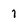
Character: 1